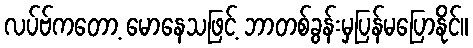
လပ်ဗ်ကတော့ မောနေသဖြင့် ဘာတစ်ခွန်းမှပြန်မပြောနိုင်။